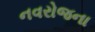
નવરોજના